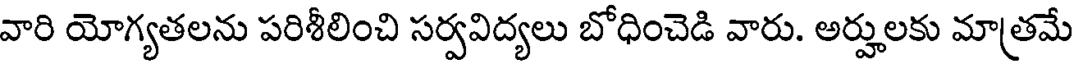
వారి యోగ్యతలను పరిశీలించి సర్వవిద్యలు బోధించెడి వారు. అర్హులకు మాత్రమే